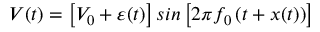
V ( t ) = \left[ V _ { 0 } + \varepsilon ( t ) \right] s i n \left[ 2 \pi f _ { 0 } \left( t + x ( t ) \right) \right]